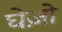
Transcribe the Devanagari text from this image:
घेज़ो